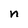
Character: n